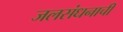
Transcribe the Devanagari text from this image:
जलसंधनाची